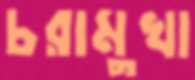
চরামুখা